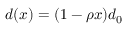
d ( x ) = ( 1 - \rho x ) d _ { 0 }